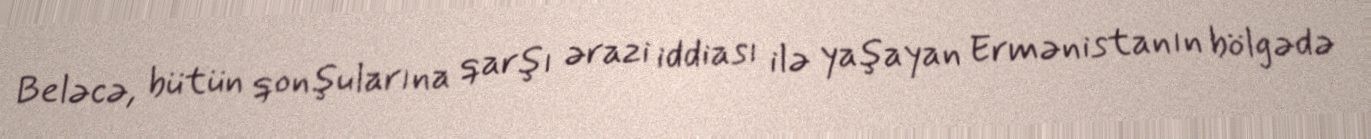
Beləcə, bütün qonşularına qarşı ərazi iddiası ilə yaşayan Ermənistanın bölgədə